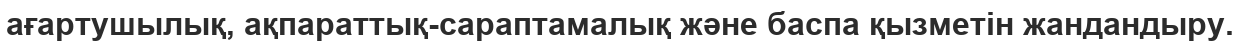
ағартушылық, ақпараттық-сараптамалық және баспа қызметін жандандыру.